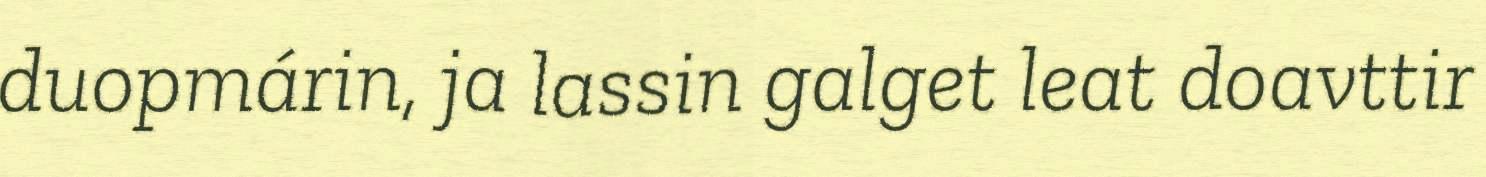
duopmárin, ja lassin galget leat doavttir